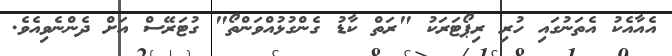
އެއާއެކު އެތަނުގައި ހުރި ރިޕޯޓަރަކު "ރަތް ކާޑު ގެންގުޅުއްވަންތޯ" ގުޓަރޭސް އަށް ދެންނެވިއެވެ.